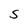
Character: S